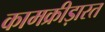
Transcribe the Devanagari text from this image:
कामक्रीड़ारत